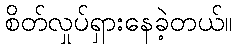
စိတ်လှုပ်ရှားနေခဲ့တယ်။